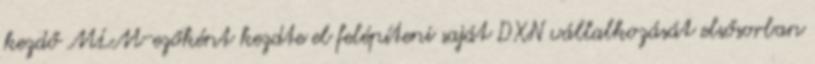
kezdő MLM-ezőként kezdte el felépíteni saját DXN vállalkozását elsősorban